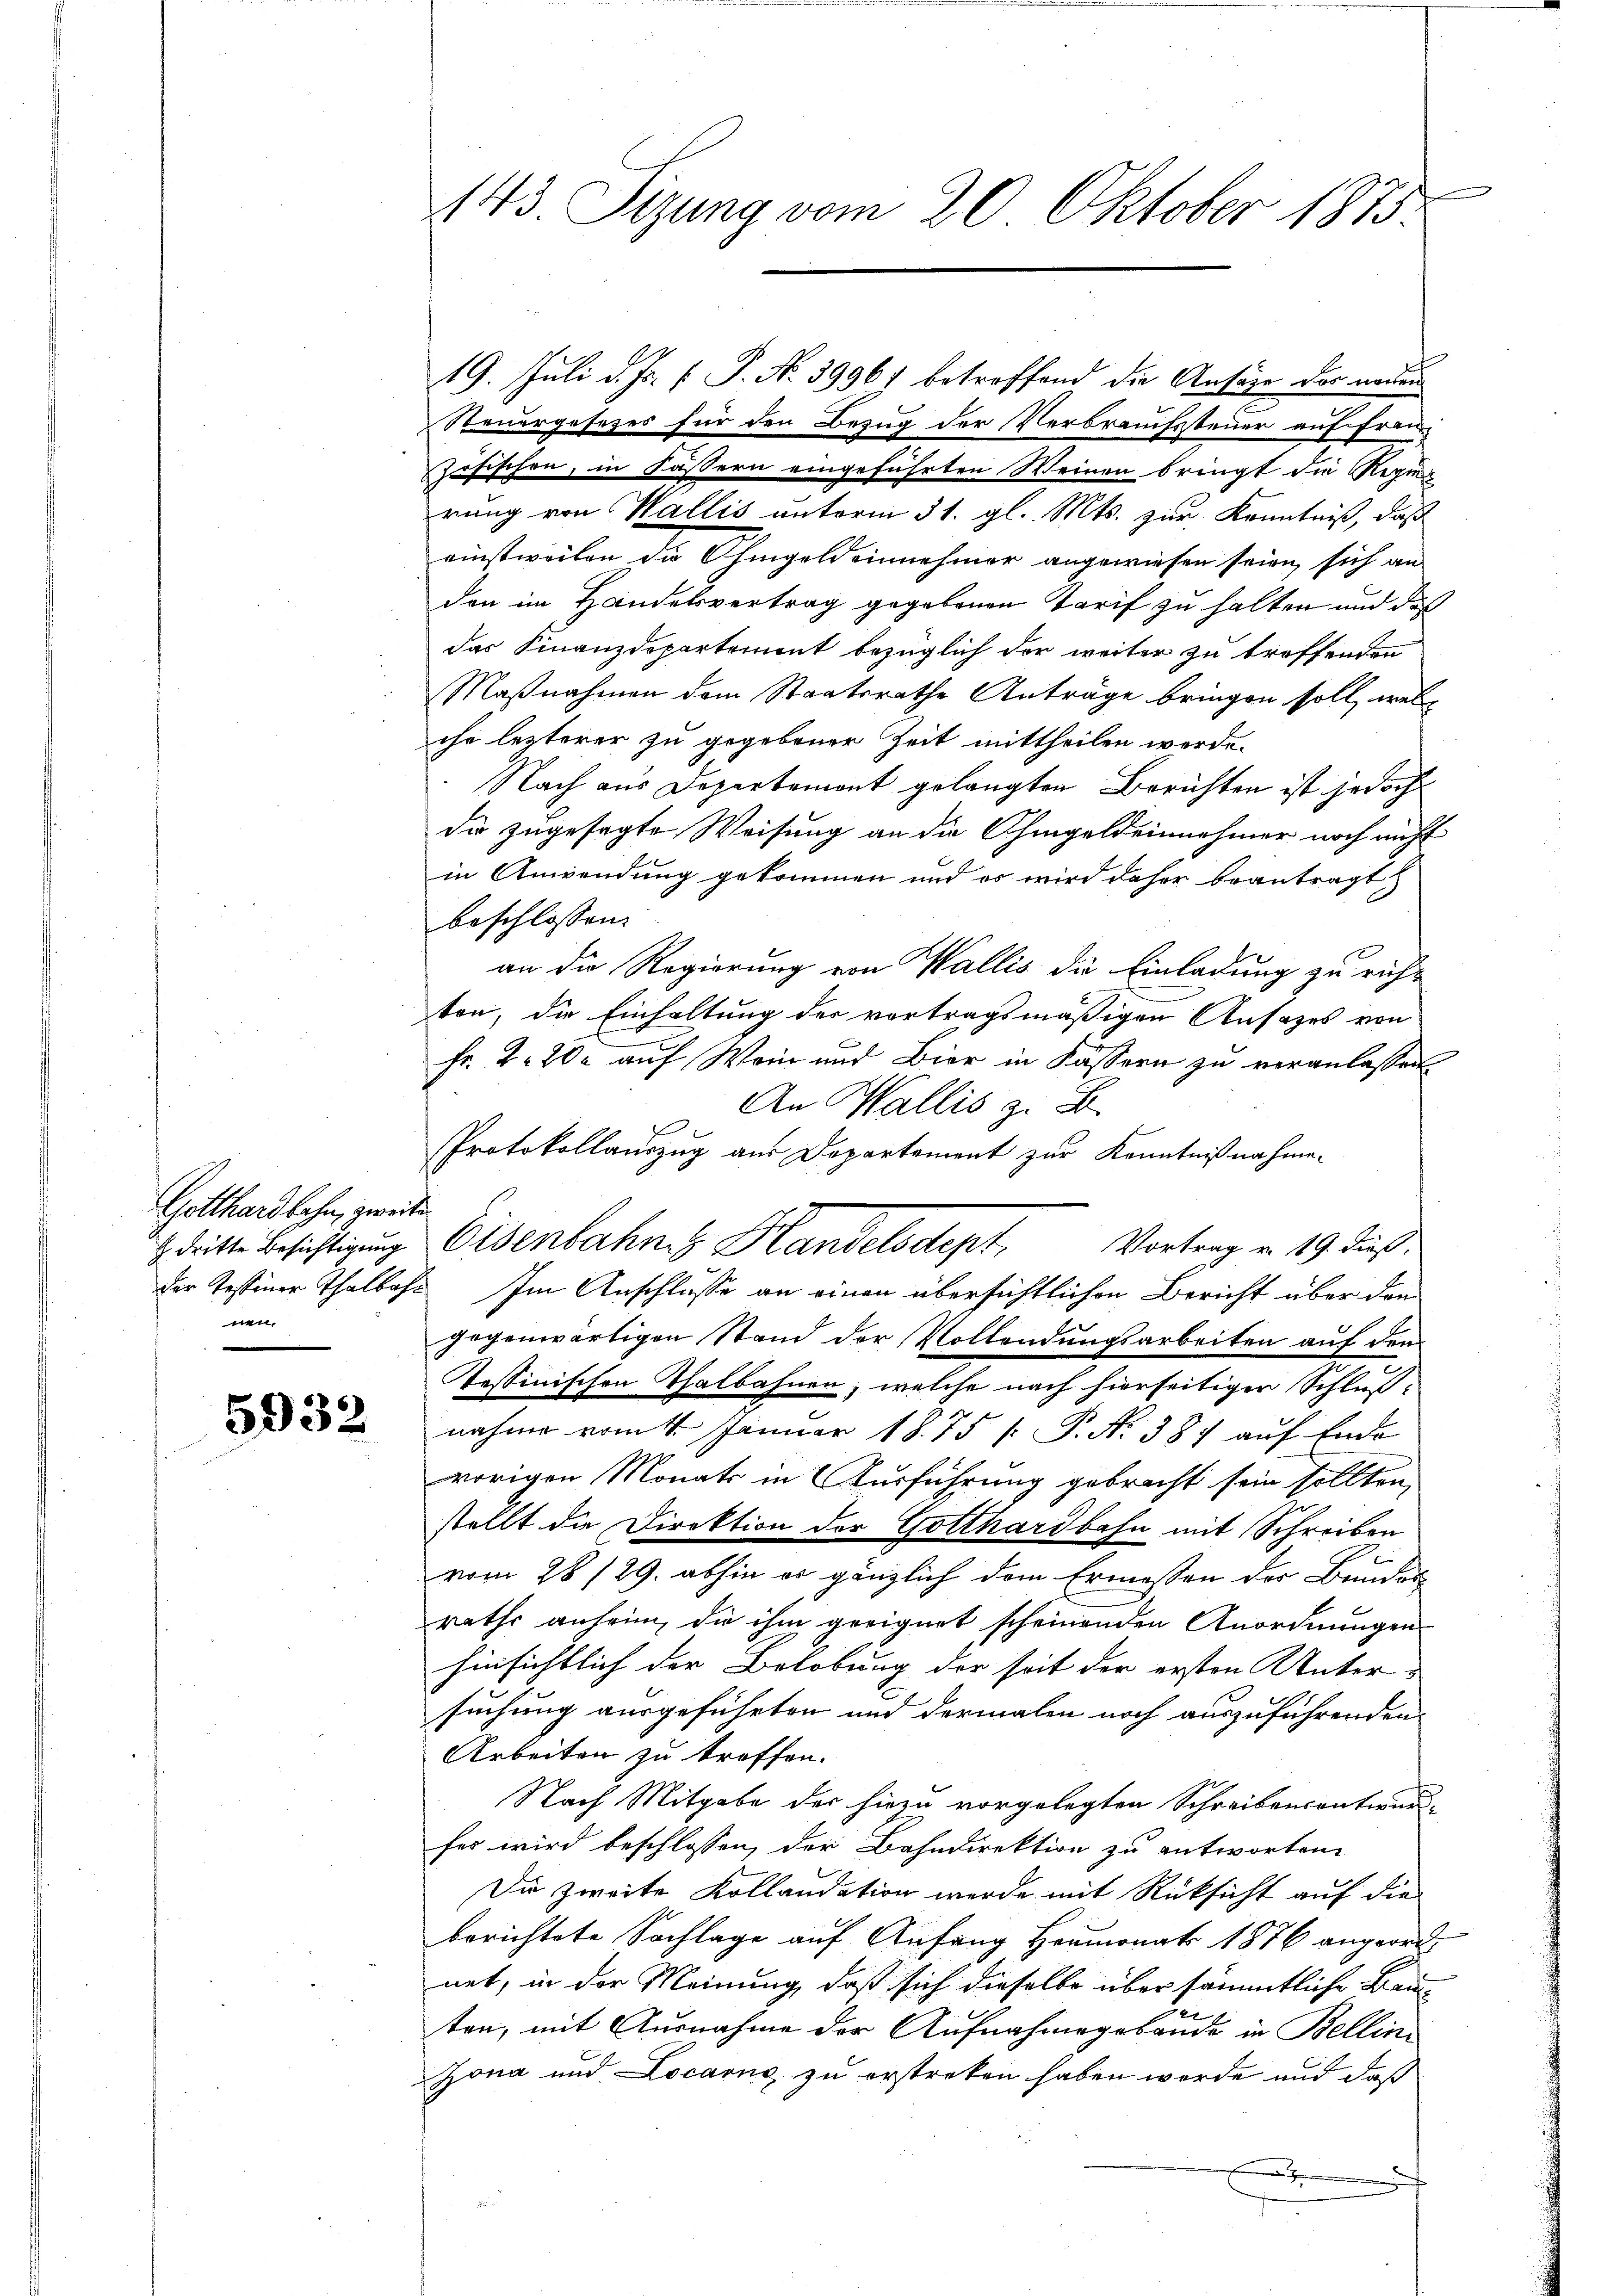
Gotthardbahn, zweite
 dritte Besichtigung
nen.

5932

143. Sizung vom 20. Oktober 1875.

19. Juli d. Js. f. P. No 39961 betreffend die Ansage der neuen
Steuergesezes für den Bezug der Verbrauchsteuer auf Französischen, in Fässern eingeführten Weinen bringt die Regier
rung von Wallis unterm 31. gl. Mts. zur Kenntniß, daß
einstweilen die hingeldeinehmer angewiesen seien sich an
den im Handelsvertrag gegebenen Tarif zu halten und daß
das Finanzdepartement bezüglich der weiter zu troffenden
Maßnahmen dem Staatsrathe Anträge bringen soll, welch
che lezterer zu gegebener Zeit mittheilen werde.
Nach aus Departemont gelangten Berichten ist jedoch
die zugesagte Weisung an die Ohmgeldeinehmer noch nicht
in Anwendung gekommen und es wird daher beantragt
beschlossen:
an die Regierung von Wallis die Einladung zu richt
ten, die Einhaltung des vortragsmäßigen Ansatzes von
Fr. 2. 200 auf Wein und Bier in Fässern zu veranlassen
An Wallis z. B.
Protokollauszug aus Departement zur Kenntnißnahmegegenwärtigen Stand der Vollendungsarbeiten auf den
Tessinischen Thalbahnen, welche nach hierseitiger Schlußnahme vom 4. Januar 1875 /: P. Nr. 387 aŭf Ende
vorigen Monats in 2 Kurführung gebracht sein sollten.
stellt die Direktion der Gotthardbahn mit Schreiben
vom 28/29. abhin er gänzlich dem Ermessen der Bundes
raths anheim, die ihm geeignet scheinenden Anordnungen
hinsichtlich der Belobung der seit der ersten Untersuchung ausgeführten und dermalen noch auszuführenden
Arbeiten zu treffen.
Nach Mitgabe der hiezu vorgelegten Schreibensentwurfes wird beschlossen, der Bahndirektion zu antworten.
Die zweite Kollaudation werde mit Rücksicht auf die
berichtete Sachlage auf Anfang Heumonat 1876 angeordnet, in der Meinung, daß sich dieselbe über sämmtliche Bauten, mit Ausnahme der Aufnahmegebäude in Bellin¬
Jona und Locarno zu erstreten haben werde und daß
f
.

Eisenbahns Handelsdept, Vortrag u. 19. dies
der Testiner Thalbahr. Im Anschlusse an einen übersichtlichen Bericht über den